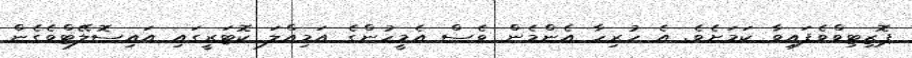
ޕޮޒިޓިވްވެފައިވާ ކަމަށެވެ. އެ ހުރިހާ އެންމެން ވެސް އެމީހުންގެ އަމިއްލަ ކޮޓަރީގައި އައިސޮލޭޓްވެގެން